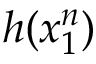
h ( x _ { 1 } ^ { n } )